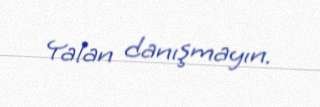
Yalan danışmayın.